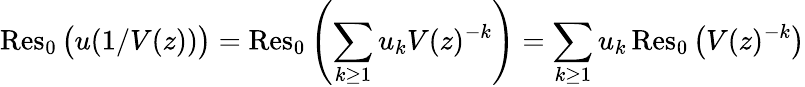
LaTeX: \operatorname{Res}_{0}{\big(}u(1/V(z)){\big)}=\operatorname{Res}_{0}\left(\sum_{k\geq 1}u_{k}V(z)^{-k}\right)=\sum_{k\geq 1}u_{k}\operatorname{Res}_{0}{\big(}V(z)^{-k}{\big)}